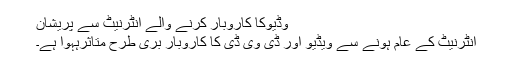
وڈیوکا کاروبار کرنے والے انٹرنیٹ سے پریشان
انٹرنیٹ کے عام ہونے سے ویڈیو اور ڈی وی ڈی کا کاروبار بری طرح متاثرہہوا ہے۔